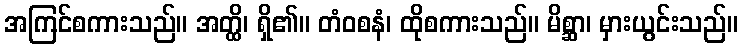
အကြင်စကားသည်။ အတ္ထိ၊ ရှိ၏။ တံဝစနံ၊ ထိုစကားသည်။ မိစ္ဆာ၊ မှားယွင်းသည်။